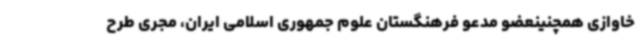
خاوازی همچنینعضو مدعو فرهنگستان علوم جمهوری اسلامی ایران، مجری طرح